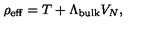
\rho _ { \mathrm { e f f } } = T + \Lambda _ { \mathrm { b u l k } } V _ { N } ,